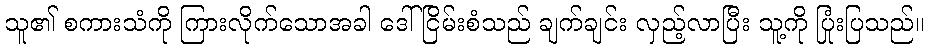
သူ၏ စကားသံကို ကြားလိုက်သောအခါ ဒေါ်ငြိမ်းစံသည် ချက်ချင်း လှည့်လာပြီး သူ့ကို ပြုံးပြသည်။